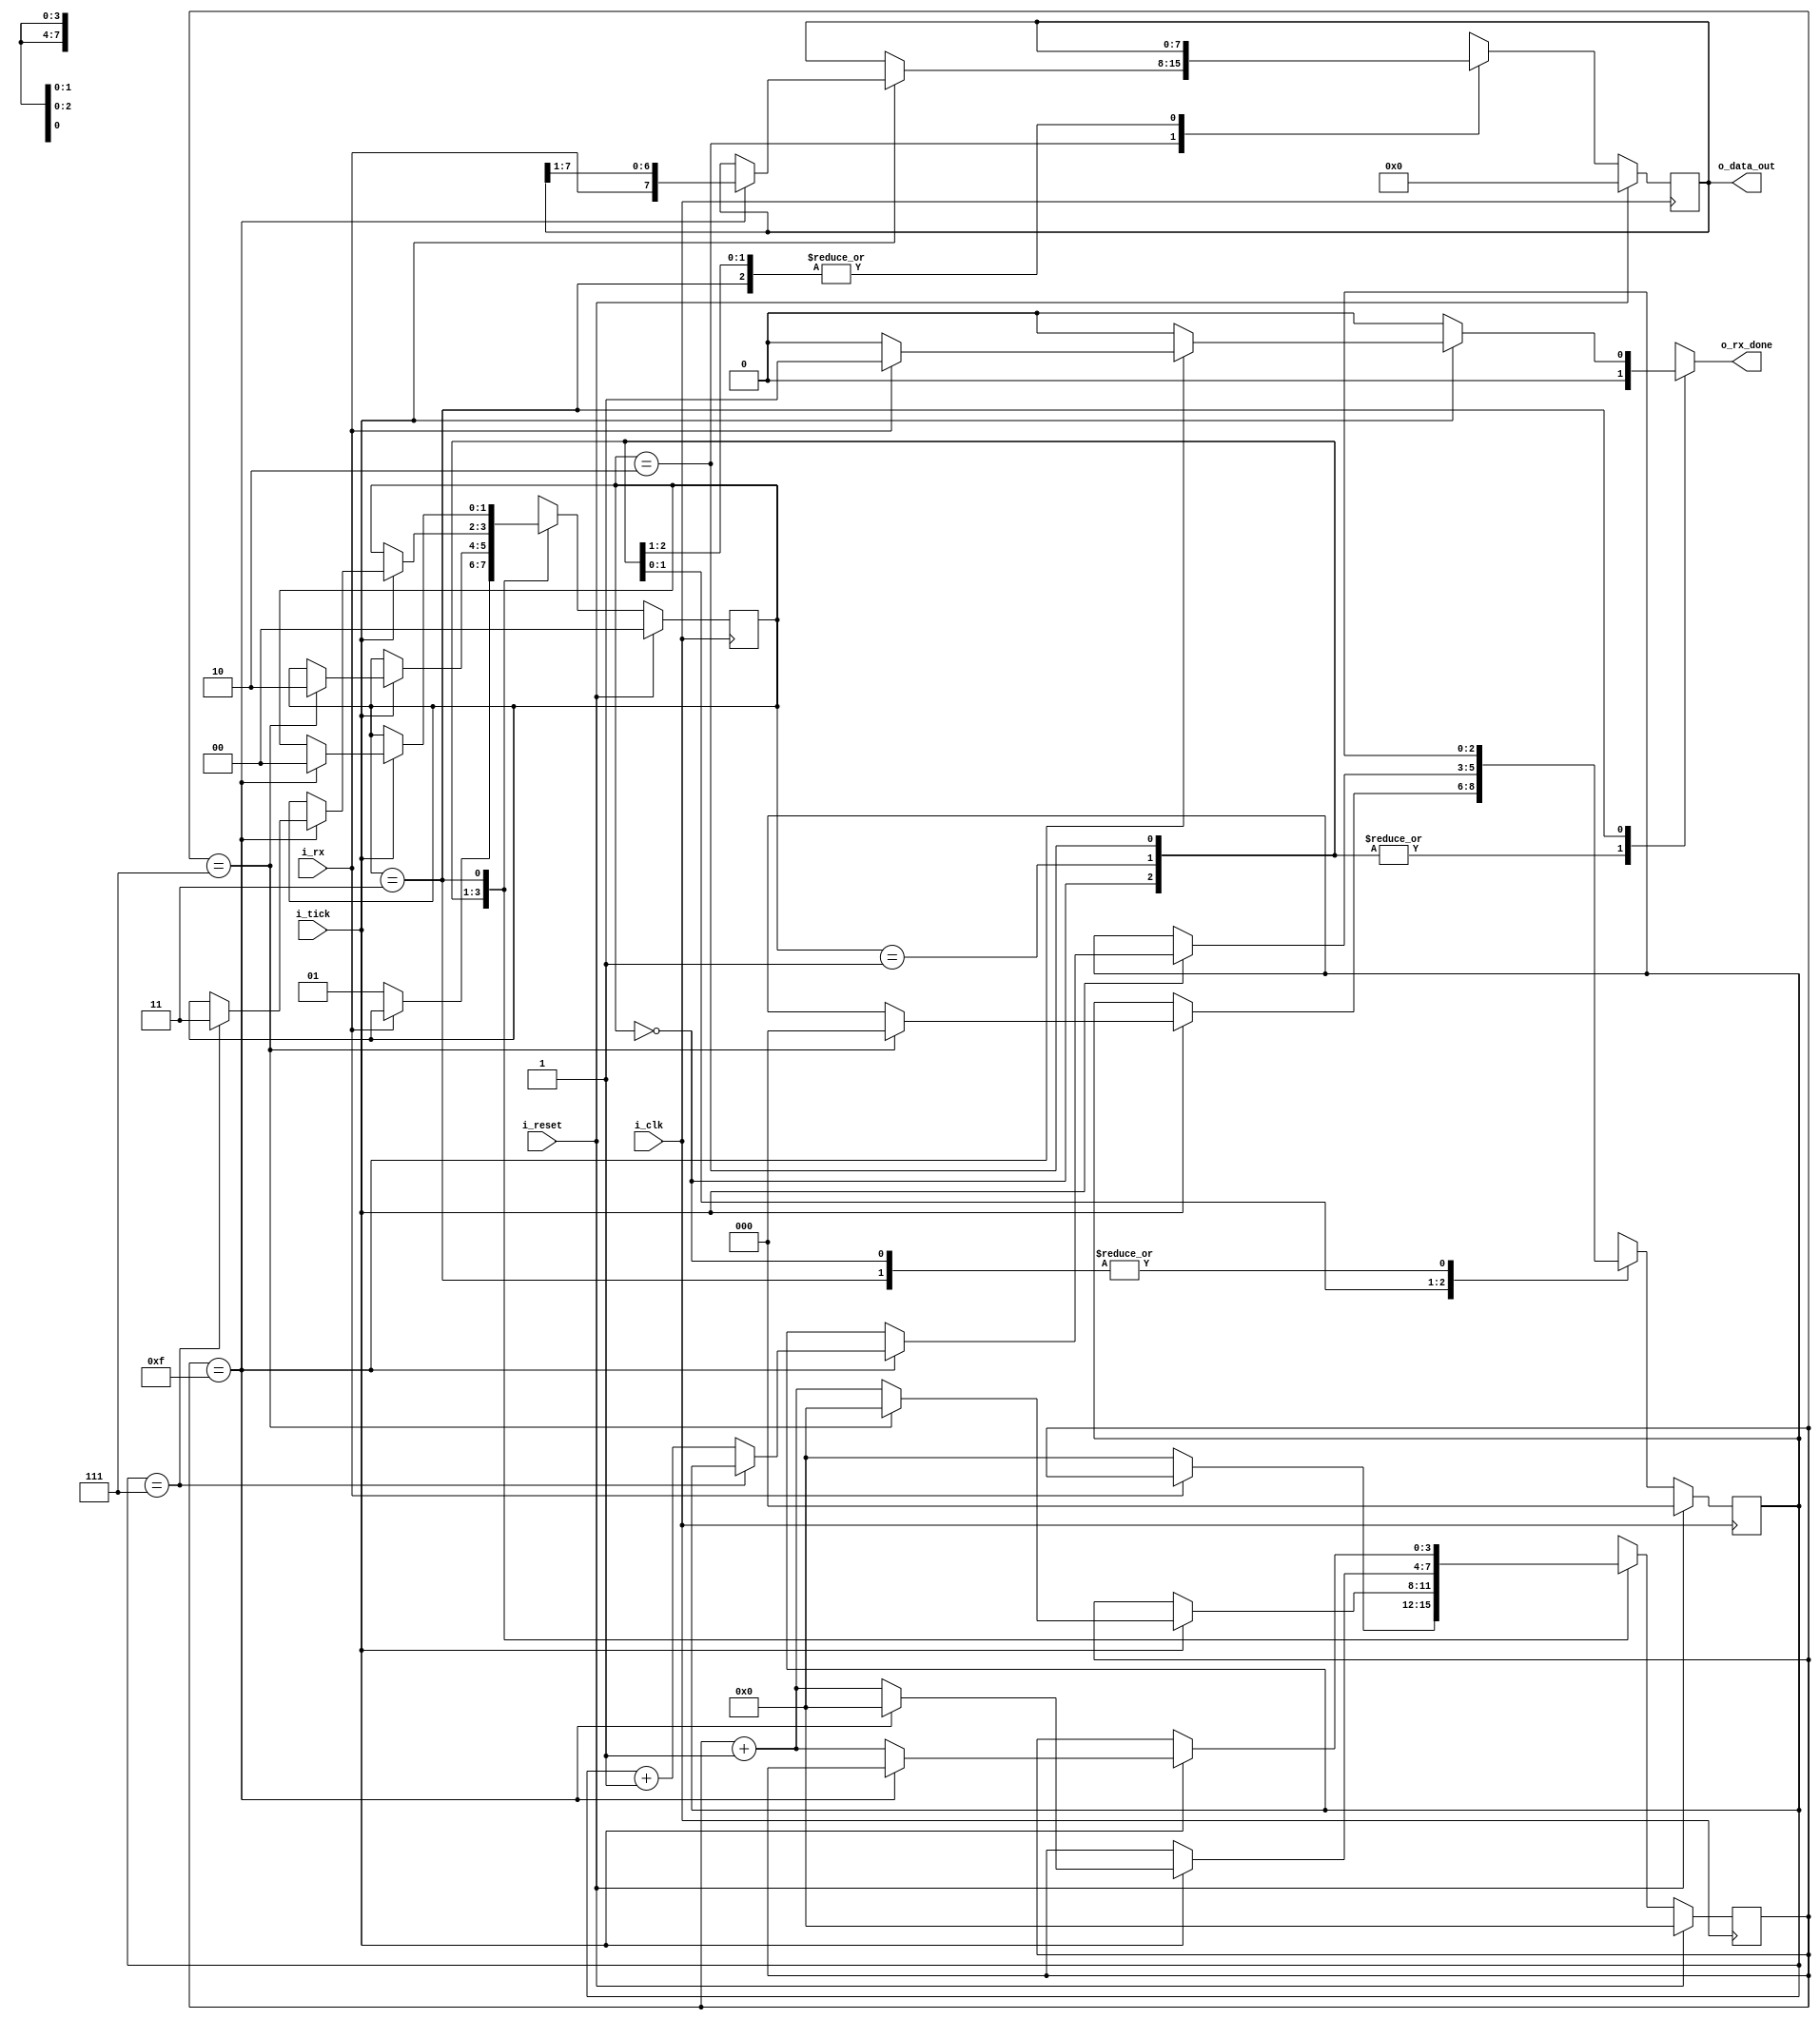
`timescale 1ns / 1ps

//////////////////////////////////////////////////////////////////////////////////

module uart_rx #(
    parameter BITS_DATA = 8, // data bits
    parameter SB_TICK = 16 // ticks for stop bits
)(
    input wire i_clk,
    input wire i_reset,
    input wire i_rx,
    input wire i_tick,
    output reg o_rx_done,
    output wire [BITS_DATA-1:0] o_data_out 
);

// States for state machine
localparam IDLE  = 2'b00;
localparam START = 2'b01;
localparam DATA  = 2'b10;
localparam STOP  = 2'b11;

//Signal declaration
reg [1:0] state, next_state;
reg [3:0] ticks, next_ticks;      //Register to count the number of ticks
reg [2:0] bits_rx, bits_rx_next;     //Register to count the number of received bits
reg [BITS_DATA-1:0] byte_rx, byte_rx_next;    //Register to save te received frame

//STATE MACHINE
//state & data registers 
always @(posedge i_clk) begin
    if (i_reset) begin
        state <= IDLE;
        ticks <= 0;
        bits_rx <= 0;
        byte_rx <= 0;
    end
    else begin
        state <= next_state;
        ticks <= next_ticks;
        bits_rx <= bits_rx_next;
        byte_rx <= byte_rx_next;
    end
end

// next state logic
always @(*) begin
    next_state = state;
    o_rx_done = 1'b0;
    next_ticks = ticks;
    bits_rx_next = bits_rx;
    byte_rx_next = byte_rx;

    case (state)
        IDLE:
            if (~i_rx) begin // check for start bit 0
               next_state = START;
               next_ticks = 0; 
            end
        
        START:
            if (i_tick) begin
                if (ticks == 7) begin
                    next_state = DATA;
                    next_ticks = 0;
                    bits_rx_next = 0;
                end
                else begin
                    next_ticks = ticks + 1;
                end
            end

        DATA:
            if (i_tick) begin
                if (ticks == SB_TICK-1) begin
                    next_ticks = 0;
                    byte_rx_next = {i_rx, byte_rx[BITS_DATA-1:1]}; // assemble received data bits into a byte
                    if (bits_rx == (BITS_DATA-1)) begin // check if i received all bits
                        next_state = STOP;
                    end
                    else begin
                        bits_rx_next = bits_rx + 1;
                    end
                end
                else begin // more data bits are expected
                    next_ticks = ticks + 1;
                end
            end
        
        STOP:
            if (i_tick) begin
                if (ticks == (SB_TICK-1)) begin
                    next_state = IDLE;
                    if(i_rx) begin
                        o_rx_done = 1'b1;
                    end
                end 
                else begin
                    next_ticks = ticks + 1;
                end
            end

        default: 
            next_state = IDLE;   
    endcase
end

assign o_data_out = byte_rx;

endmodule